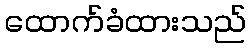
ထောက်ခံထားသည်